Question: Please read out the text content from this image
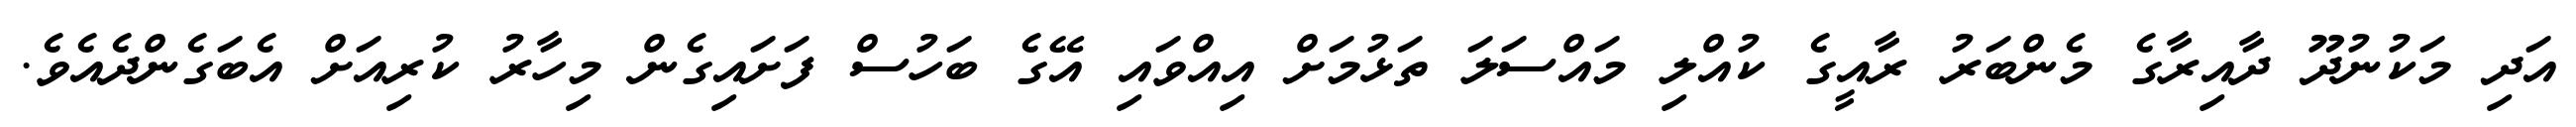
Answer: އަދި މަކުނުދޫ ދާއިރާގެ މެންބަރު ރާއީގެ ކުއްލި މައްސަލަ ތަޅުމަށް އިއްވައި އޭގެ ބަހުސް ފަށައިގެން މިހާރު ކުރިއަށް އެބަގެންދެއެވެ.